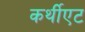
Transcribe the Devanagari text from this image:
कर्थीएट